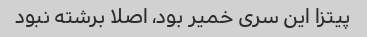
پیتزا این سری خمیر بود، اصلا برشته نبود